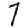
Digit: 7